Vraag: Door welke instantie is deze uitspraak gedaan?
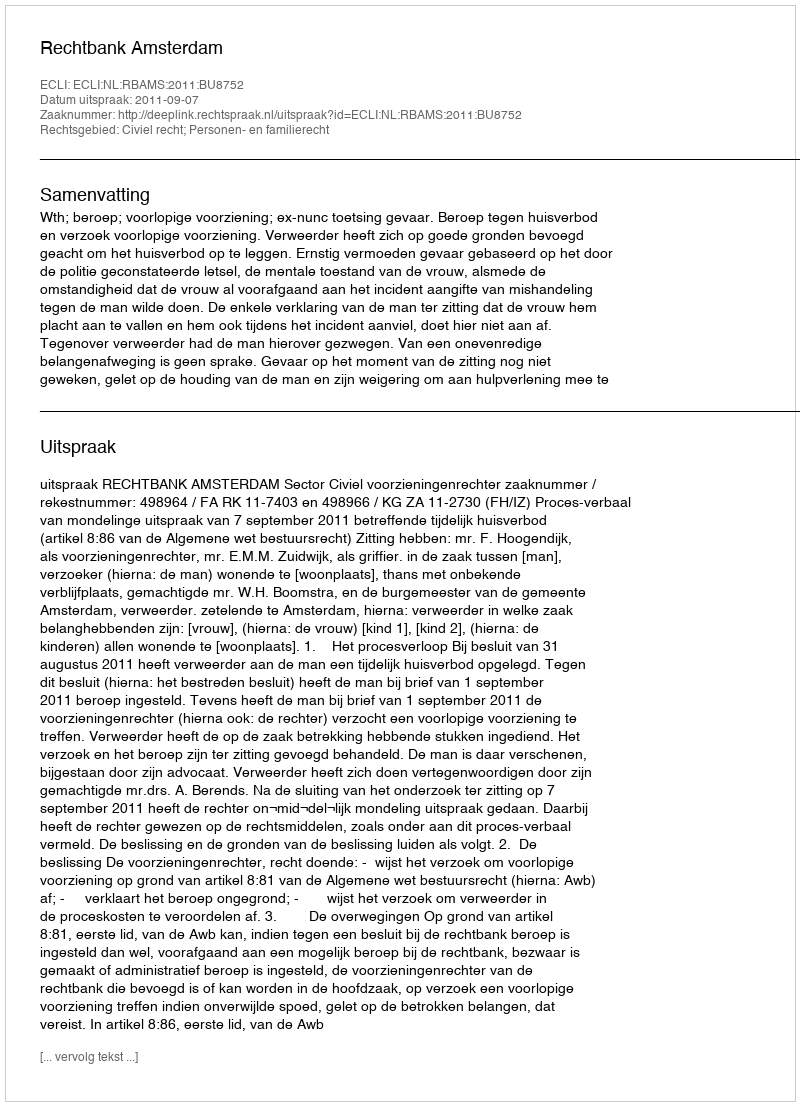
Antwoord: Rechtbank Amsterdam